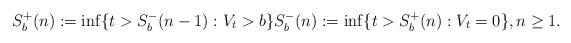
LaTeX: \begin{align*}S_b^+(n)&:=\inf\{t > S_b^-(n-1):V_t > b\} S_b^-(n):=\inf\{t > S_b^+(n):V_t =0\}, n \geq 1.\end{align*}